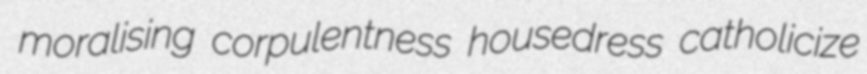
moralising corpulentness housedress catholicize